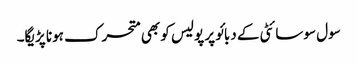
سول سوسائٹی کے دبائو پر پولیس کو بھی متحرک ہونا پڑیگا۔